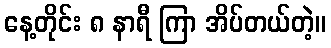
နေ့တိုင်း ၈ နာရီ ကြာ အိပ်တယ်တဲ့။